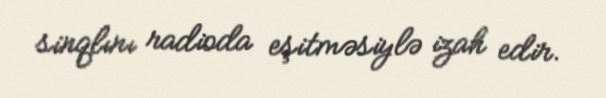
sinqlını radioda eşitməsiylə izah edir.